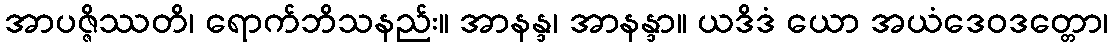
အာပဇ္ဇိဿတိ၊ ရောက်ဘိသနည်း။ အာနန္ဒ၊ အာနန္ဒာ။ ယဒိဒံ ယော အယံဒေဝဒတ္တော၊